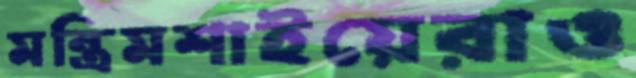
মন্ত্রিমশাইয়েরাও